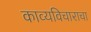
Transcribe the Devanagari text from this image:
काव्यविचाराचा